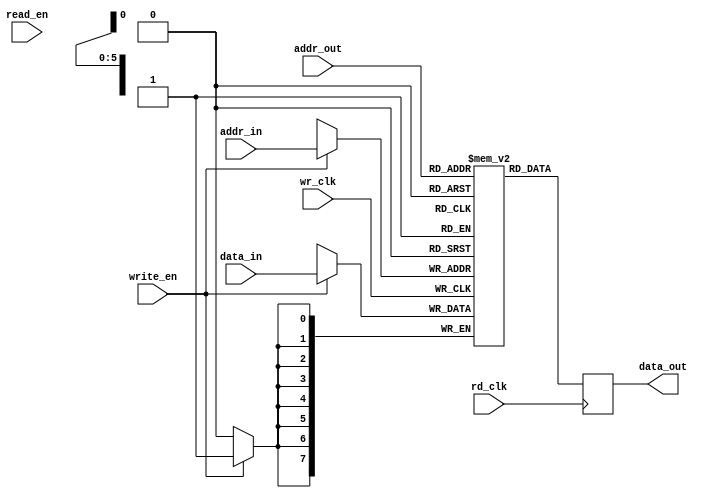
//////////////////////////////////////////////////////////////////////
////                                                              ////
//// sm_dp_mem_dc.v                                                ////
////                                                              ////
//// This file is part of the spiMaster opencores effort.
//// <http://www.opencores.org/cores//>                           ////
////                                                              ////
//// Module Description:                                          ////
//// Synchronous dual port memory with dual clocks
////                                                              ////
//// To Do:                                                       ////
////
////                                                              ////
//// Author(s):                                                   ////
//// - Steve Fielding, sfielding@base2designs.com                 ////
////                                                              ////
//////////////////////////////////////////////////////////////////////
////                                                              ////
//// Copyright (C) 2008 Steve Fielding and OPENCORES.ORG          ////
////                                                              ////
//// This source file may be used and distributed without         ////
//// restriction provided that this copyright statement is not    ////
//// removed from the file and that any derivative work contains  ////
//// the original copyright notice and the associated disclaimer. ////
////                                                              ////
//// This source file is free software; you can redistribute it   ////
//// and/or modify it under the terms of the GNU Lesser General   ////
//// Public License as published by the Free Software Foundation; ////
//// either version 2.1 of the License, or (at your option) any   ////
//// later version.                                               ////
////                                                              ////
//// This source is distributed in the hope that it will be       ////
//// useful, but WITHOUT ANY WARRANTY; without even the implied   ////
//// warranty of MERCHANTABILITY or FITNESS FOR A PARTICULAR      ////
//// PURPOSE. See the GNU Lesser General Public License for more  ////
//// details.                                                     ////
////                                                              ////
//// You should have received a copy of the GNU Lesser General    ////
//// Public License along with this source; if not, download it   ////
//// from <http://www.opencores.org/lgpl.shtml>                   ////
////                                                              ////
//////////////////////////////////////////////////////////////////////
//

module sm_dp_mem_dc
#(
  //FIFO_DEPTH = ADDR_WIDTH^2
  parameter FIFO_WIDTH = 8,
  parameter FIFO_DEPTH = 64,
  parameter ADDR_WIDTH = 6
)(
    input  wire                  wr_clk,
    input  wire                  rd_clk,
    input  wire [FIFO_WIDTH-1:0] data_in,
    input  wire                  write_en,
    input  wire                  read_en,
    input  wire [ADDR_WIDTH-1:0] addr_in,
    input  wire [ADDR_WIDTH-1:0] addr_out,

    output reg  [FIFO_WIDTH-1:0] data_out
);

    reg [FIFO_WIDTH-1:0] buffer [0:FIFO_DEPTH-1];

    // synchronous read. Introduces one clock cycle delay
    always @(posedge rd_clk) begin
        data_out <= buffer[addr_out];
    end

    // synchronous write
    always @(posedge wr_clk) begin
        if (write_en == 1'b1)
            buffer[addr_in] <= data_in;
    end

endmodule